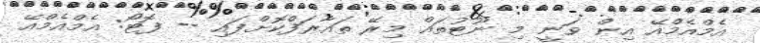
އެމްއެމްއޭ އިން ވަނީ މި ނޫޓުތައް މިރޭ ތައާރަފްކޮށްފައި -- ފޮޓޯ: އެމްއެމްއޭ